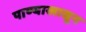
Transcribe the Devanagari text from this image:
पाण्याखासून